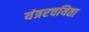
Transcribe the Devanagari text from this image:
यंत्ररचयिता